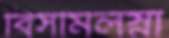
বিসমিলস্না